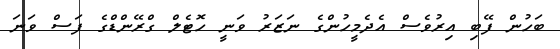
ބަހުން ފޭބި އިރުވެސް އެދެމީހުންގެ ނަޒަރު ވަނީ ހޮޓެލް ގްރޭންޑްގެ ފަސް ވަނަ